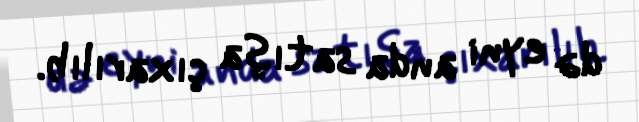
də eyni anda satışa çıxarılıb.